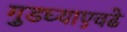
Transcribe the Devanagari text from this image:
गुडघ्याएवढे